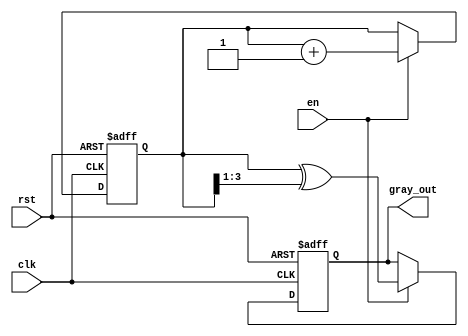
module gray_code_counter (
    input wire clk,        // Clock signal
    input wire rst,        // Asynchronous reset
    input wire en,         // Enable signal
    output reg [3:0] gray_out // Gray code output (4-bit)
);

    // Internal register for binary counter
    reg [3:0] binary_reg;

    // Always block for synchronous logic
    always @(posedge clk or posedge rst) begin
        if (rst) begin
            // Asynchronous reset
            binary_reg <= 4'b0000; // Reset binary counter to 0
            gray_out <= 4'b0000;    // Reset Gray code output to 0
        end else if (en) begin
            // Increment binary counter if enabled
            binary_reg <= binary_reg + 1;

            // Convert binary to Gray code
            gray_out <= binary_reg ^ (binary_reg >> 1);
        end
    end

endmodule